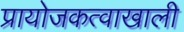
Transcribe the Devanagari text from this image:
प्रायोजकत्वाखाली